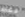
فقط